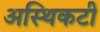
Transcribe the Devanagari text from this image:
अस्थिकटी